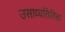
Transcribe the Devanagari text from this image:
उसाव्यतिरिक्त